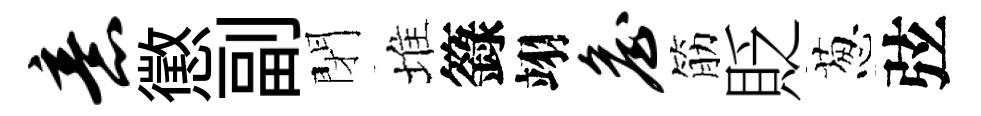
意懲副閉堆籙翊詹筋貶葱弦